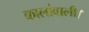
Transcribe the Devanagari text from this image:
कालांवाली।